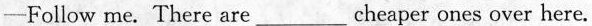
—Followme.There are \underline cheaper ones over here.